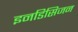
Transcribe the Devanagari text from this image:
इनडिसिजन